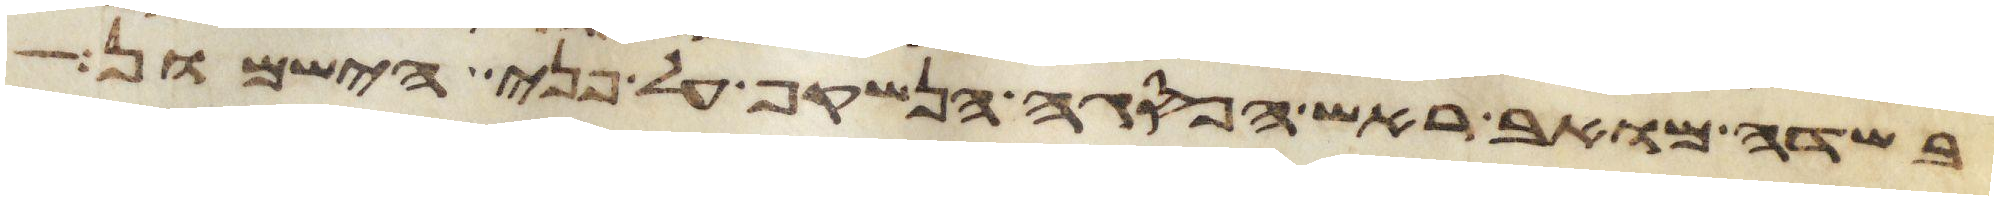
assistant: בשדה מואב ראש הפסגה הנשקף על פני הישמון